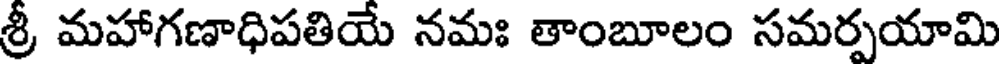
శ్రీ మహాగణాధిపతియే నమః తాంబూలం సమర్పయామి